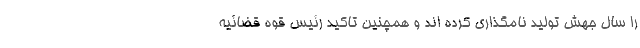
را سال جهش تولید نامگذاری کرده اند و همچنین تاکید رئیس قوه قضائیه